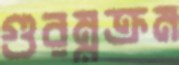
গুরম্নক্রম